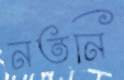
নতনি